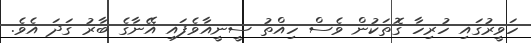
ހަވީރުގައި ހުރިހާ ގޮތަކުން ވެސް ހިއްތު ސީނީއާވެފައި އޭނާގެ ބާރު ގަދަ އެވެ.